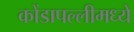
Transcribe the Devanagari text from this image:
कोंडापल्लीमध्ये